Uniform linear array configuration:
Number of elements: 64
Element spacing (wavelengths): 1
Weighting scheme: hamming
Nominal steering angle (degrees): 45
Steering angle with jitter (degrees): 44.519
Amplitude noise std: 0.05
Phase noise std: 0.05

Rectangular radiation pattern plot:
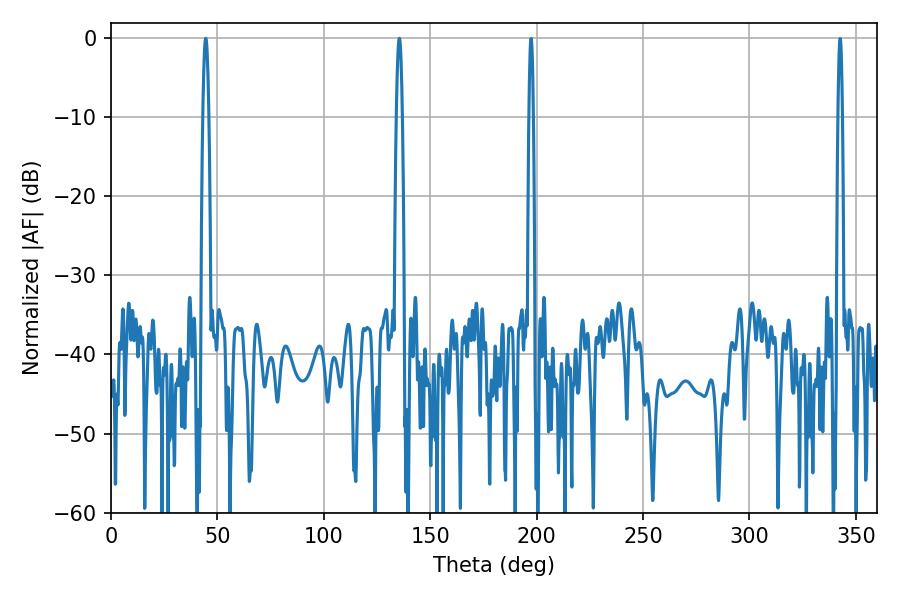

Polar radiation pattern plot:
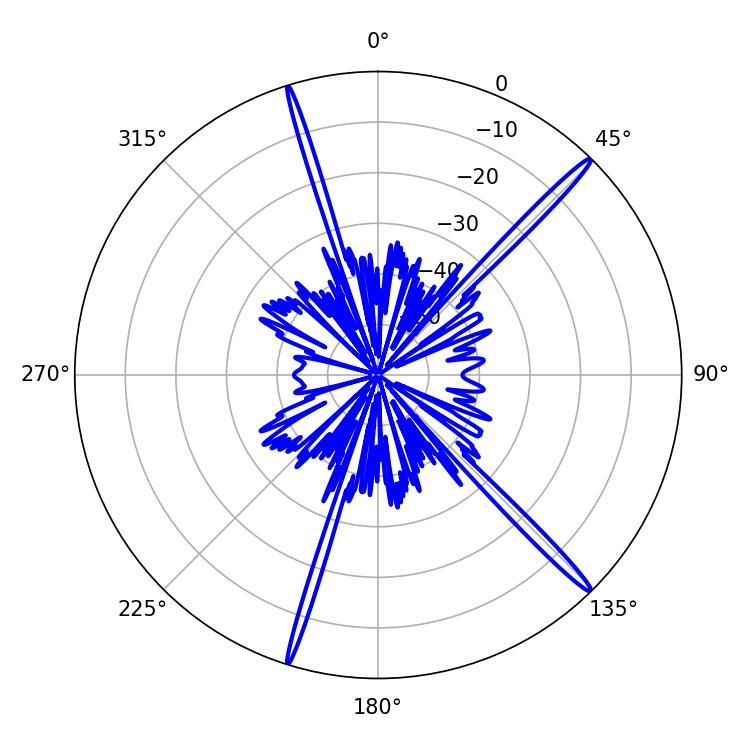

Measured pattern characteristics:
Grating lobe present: TRUE
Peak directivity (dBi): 18.405
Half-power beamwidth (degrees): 1.44
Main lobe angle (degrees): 44.46